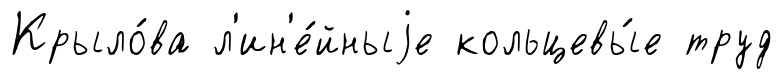
Крыло́ва л'ин'е́йныjе кольцевы́е труд